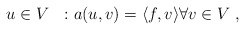
\begin{align*}u \in V \ \ : a(u,v)= \langle f,v \rangle \forall v \in V \;,\end{align*}